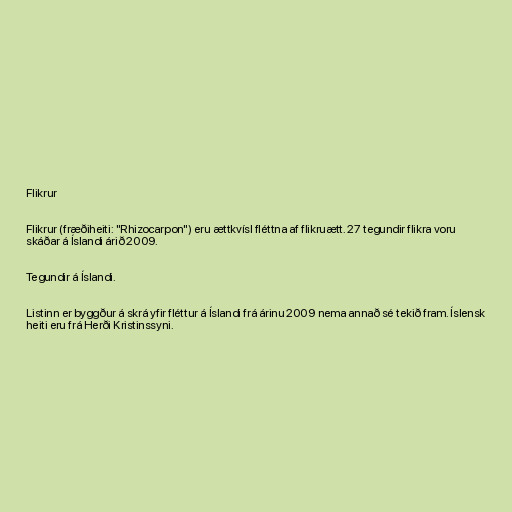
Flikrur

Flikrur (fræðiheiti: "Rhizocarpon") eru ættkvísl fléttna af flikruætt. 27 tegundir flikra voru
skáðar á Íslandi árið 2009.

Tegundir á Íslandi.

Listinn er byggður á skrá yfir fléttur á Íslandi frá árinu 2009 nema annað sé tekið fram. Íslensk
heiti eru frá Herði Kristinssyni.